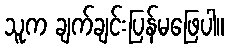
သူက ချက်ချင်းပြန်မဖြေပါ။